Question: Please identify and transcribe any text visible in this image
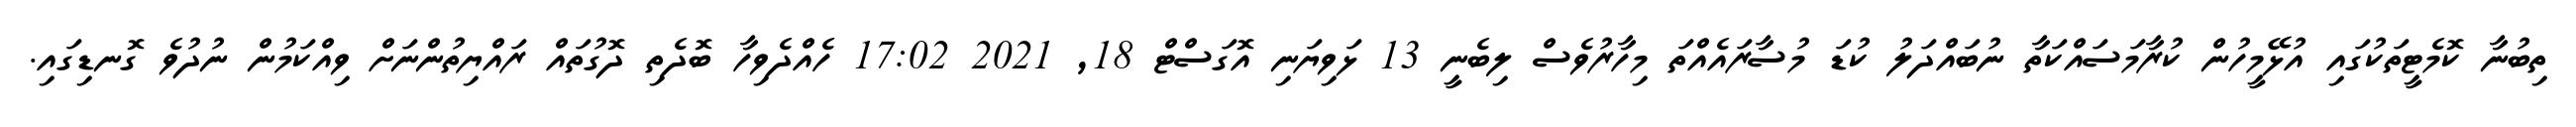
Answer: ތިބުނާ ކޮމެޓީތަކުގައި އުޅޭމީހުން ކުރާމަސައްކަތާ ނުބައްދަލު ކުޑަ މުސާރައެއްތަ މިހާރުވެސް ލިބެނީ 13 ޅަވިޔަނި އޮގަސްޓް 18, 2021 17:02 ހެއްދެވިހާ ބޮދެތި ދޮގުތައް ރައްޔިތުންނަށް ވިއްކަމުން ނުދުވެ ގޮނޑިގައި.